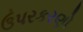
ઉપરકરણો